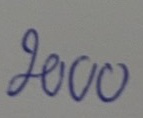
2000